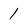
Character: 1